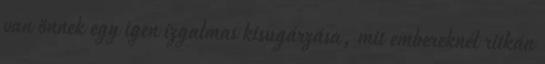
van önnek egy igen izgalmas kisugárzása, mit embereknél ritkán